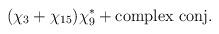
LaTeX: \begin{align*}(\chi_3+\chi_{15}) \chi_9^* + {\rm complex\ conj.}\end{align*}